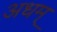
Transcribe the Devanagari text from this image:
अधम्